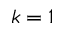
k = 1